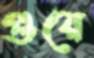
গুয়ে